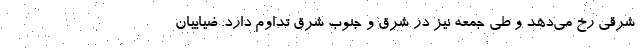
شرقی رخ می‌دهد و طی جمعه نیز در شرق و جنوب شرق تداوم دارد. ضیاییان